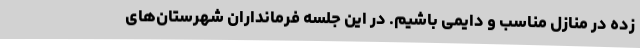
زده در منازل مناسب و دایمی باشیم. در این جلسه فرمانداران شهرستان‌های